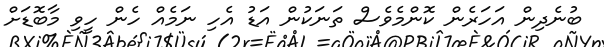
ބުނެދިން އަހަރެން ކޮންމެވެސް ތަނަކުން އަޑު އެހި ނަމެއް ހެން ހީވި މާބޮޑަށް